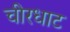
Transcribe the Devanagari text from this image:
चीरधाट